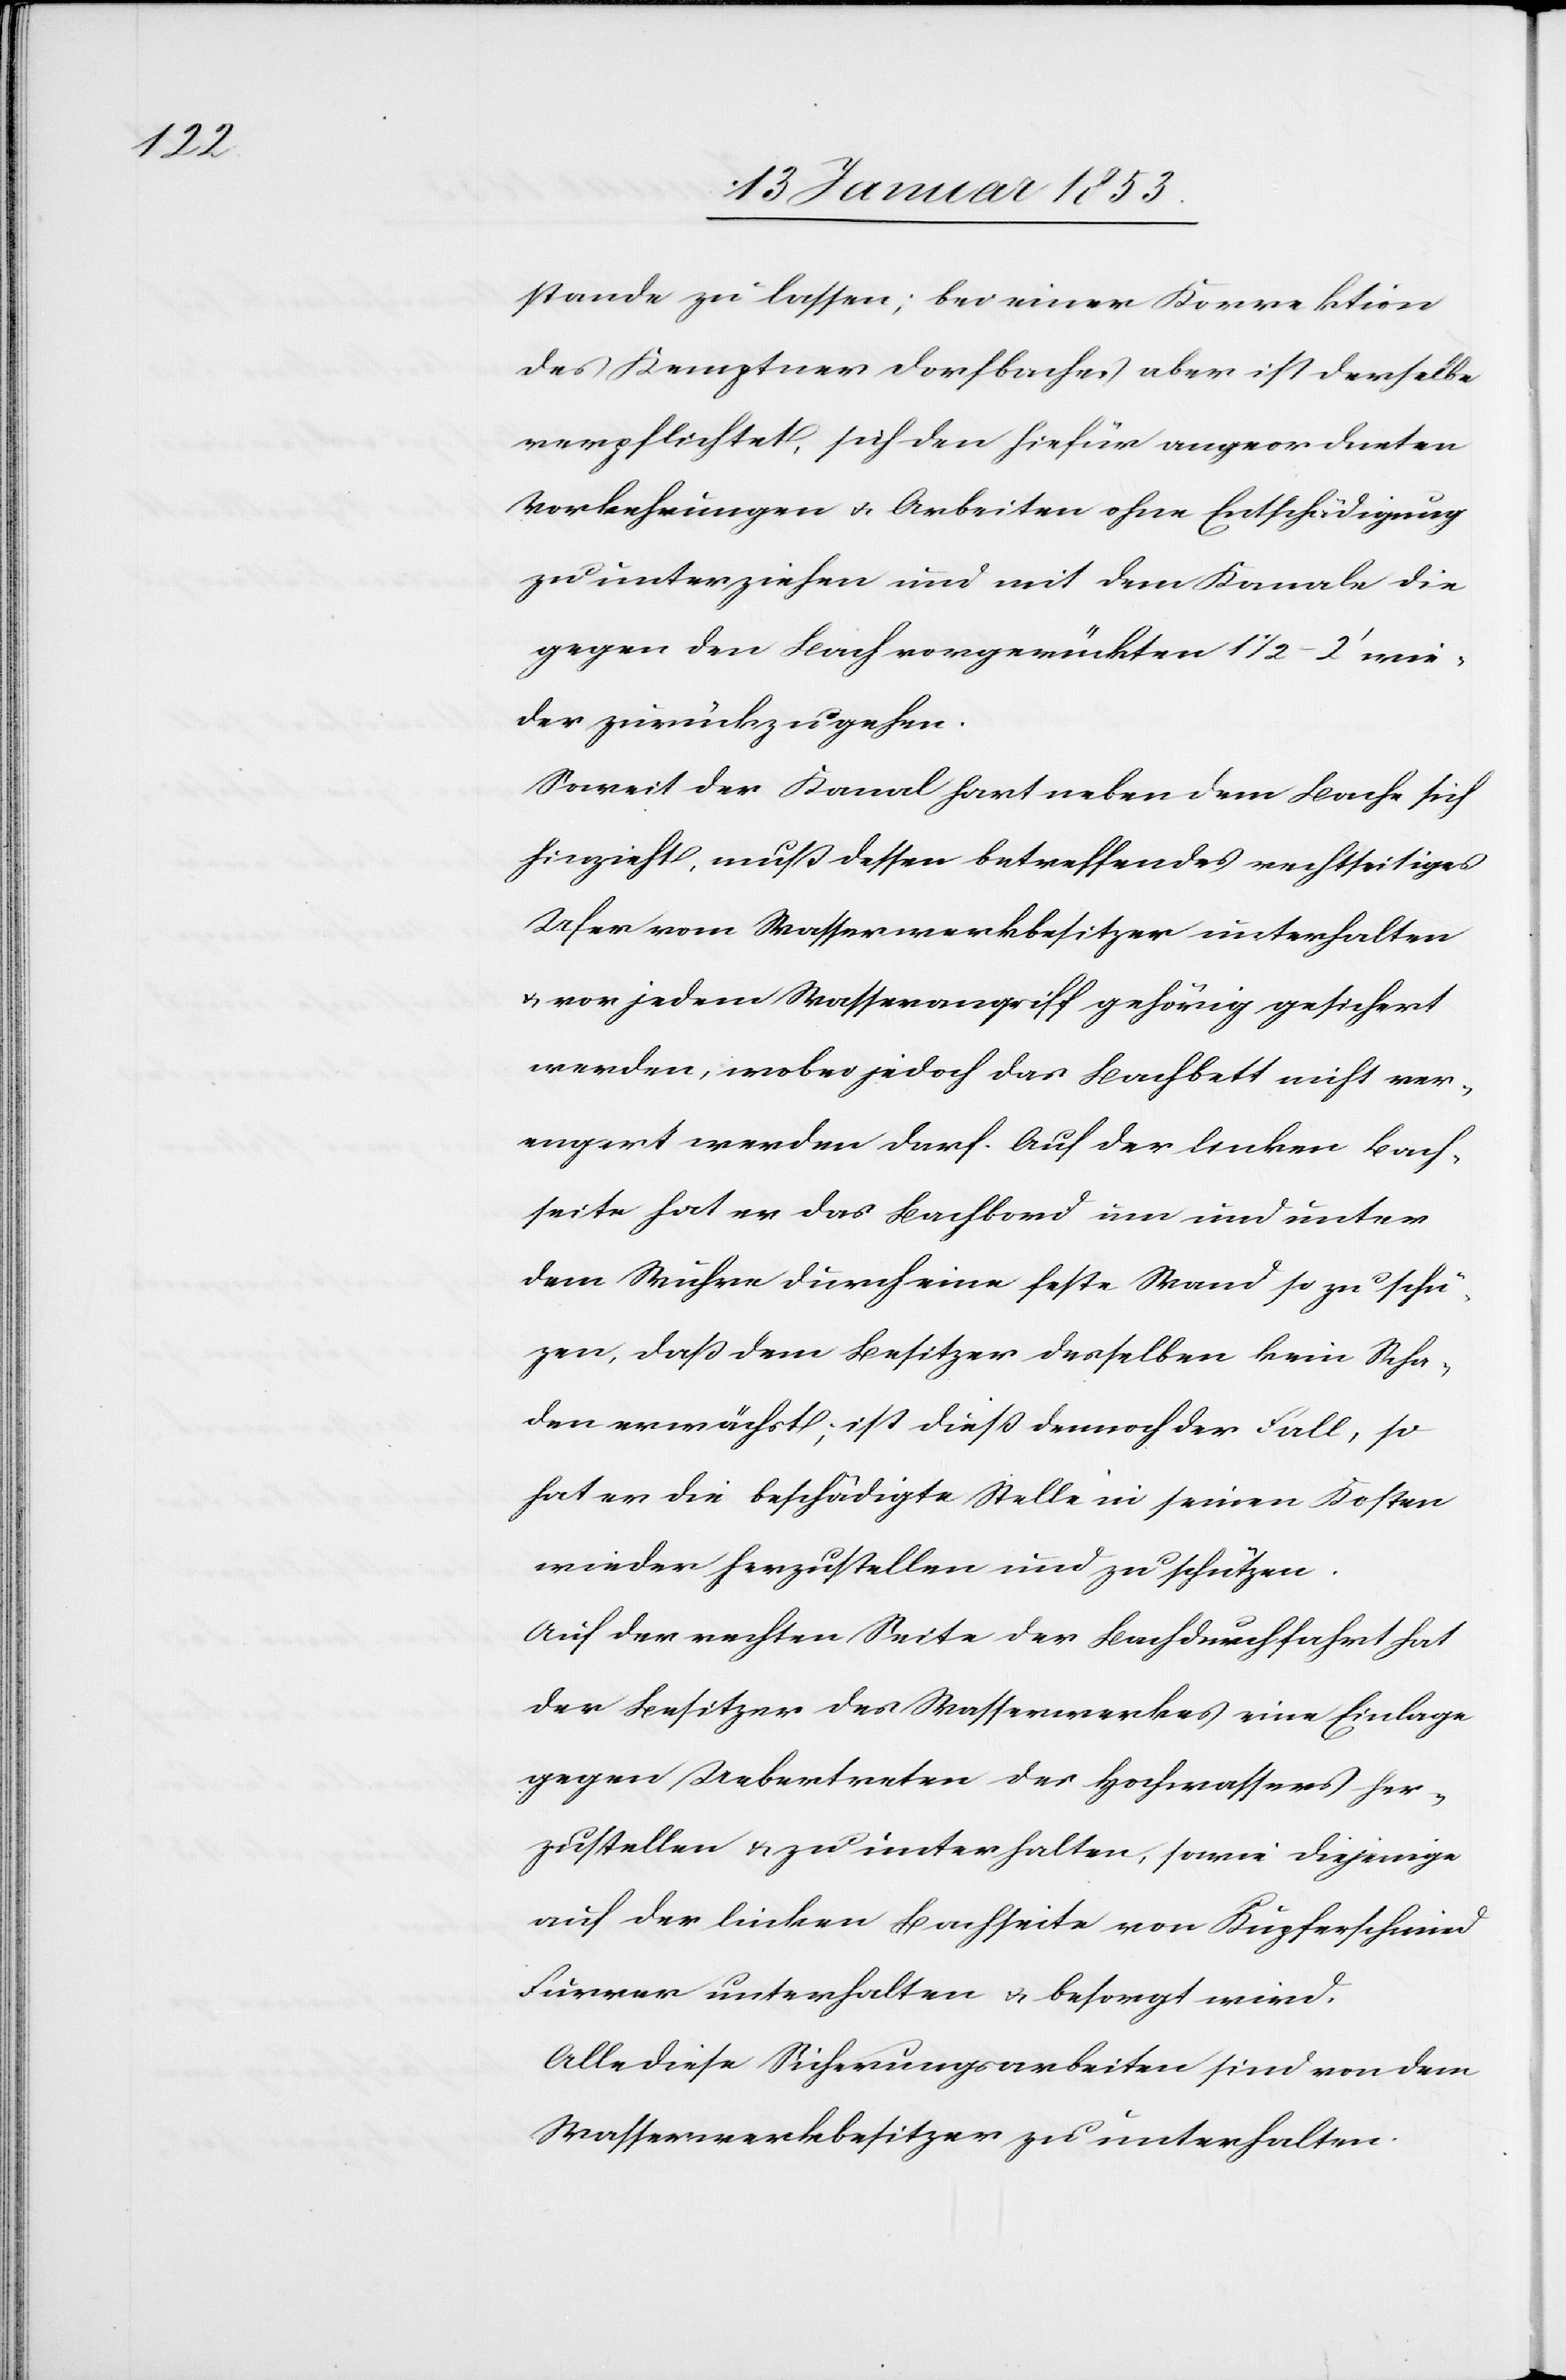
stande zu lassen; bei einer Korrektion
des Kemptner Dorfbaches aber ist derselbe
verpflichtet, sich den hiefür angeordneten
Vorkehrungen u. Arbeiten ohne Entschädigung
zu unterziehen und mit dem Kanale die
gegen den Bach vorgerückten 1 1/2 – 2’ wie¬
der zurückzugehen.
Soweit der Kanal hart neben dem Bache sich
hinzieht, muß dessen betreffendes rechtseitiges
Ufer vom Wasserwerkbesitzer unterhalten
u. vor jedem Wasserangriff gehörig gesichert
werden, wobei jedoch das Bachbett nichts ver¬
engert werden darf. Auf der linken Bach¬
seite hat er das Bachbord um und unter
dem Wuhre durch eine feste Wand so zu sich¬
ern, daß dem Besitzer desselben kein Scha¬
den erwächst, ist dieß dennoch der Fall, so
hat er die beschädigte Stelle in seinen Kosten
wieder herzustellen und zu schützen.
Auf der rechten Seite der Bachdurchfahrt hat
der Besitzer des Wasserwerkes eine Einlage
gegen Uebertreten des Hochwassers her¬
zustellen u. zu unterhalten, sowie diejenige
auf der linken Bachseite von Kupferschmied
Furrer unterhalten u. besorgt wird.
Alle diese Sicherungsarbeiten sind von dem
Wasserwerkbesitzer zu unterhalten.